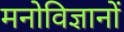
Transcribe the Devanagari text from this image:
मनोविज्ञानों